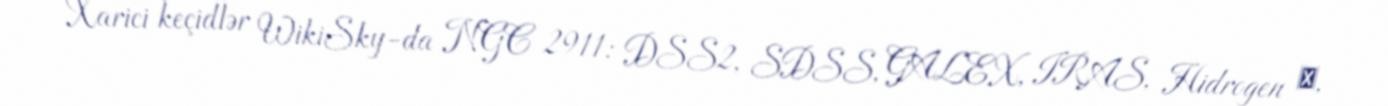
Xarici keçidlər WikiSky-da NGC 2911: DSS2, SDSS, GALEX, IRAS, Hidrogen α,